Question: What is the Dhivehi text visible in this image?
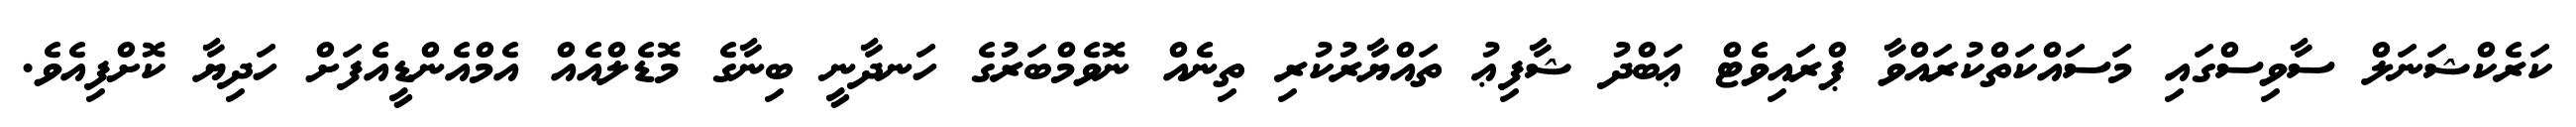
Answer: ކަރެކްޝަނަލް ސާވިސްގައި މަސައްކަތްކުރައްވާ ޕްރައިވެޓް ޢަބްދު ޝާފިޢު ތައްޔާރުކުރި ތިނެއް ނޮވެމްބަރުގެ ހަނދާނީ ބިނާގެ މޮޑެލްއެއް އެމްއެންޑީއެފަށް ހަދިޔާ ކޮށްފިއެވެ.